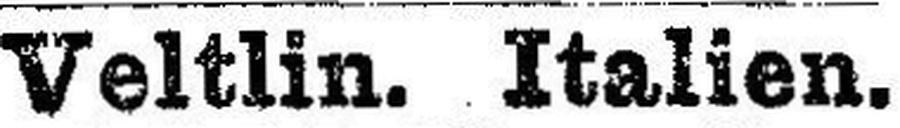
Veltlin. Italien.